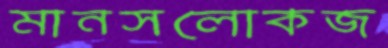
মানসলোকজ